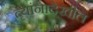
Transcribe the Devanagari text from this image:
त्यांनादेखील